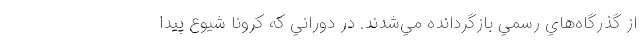
از گذرگاه‌هاي رسمي بازگردانده مي‌شدند. در دوراني كه كرونا شيوع پيدا